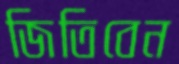
জিতিবেন